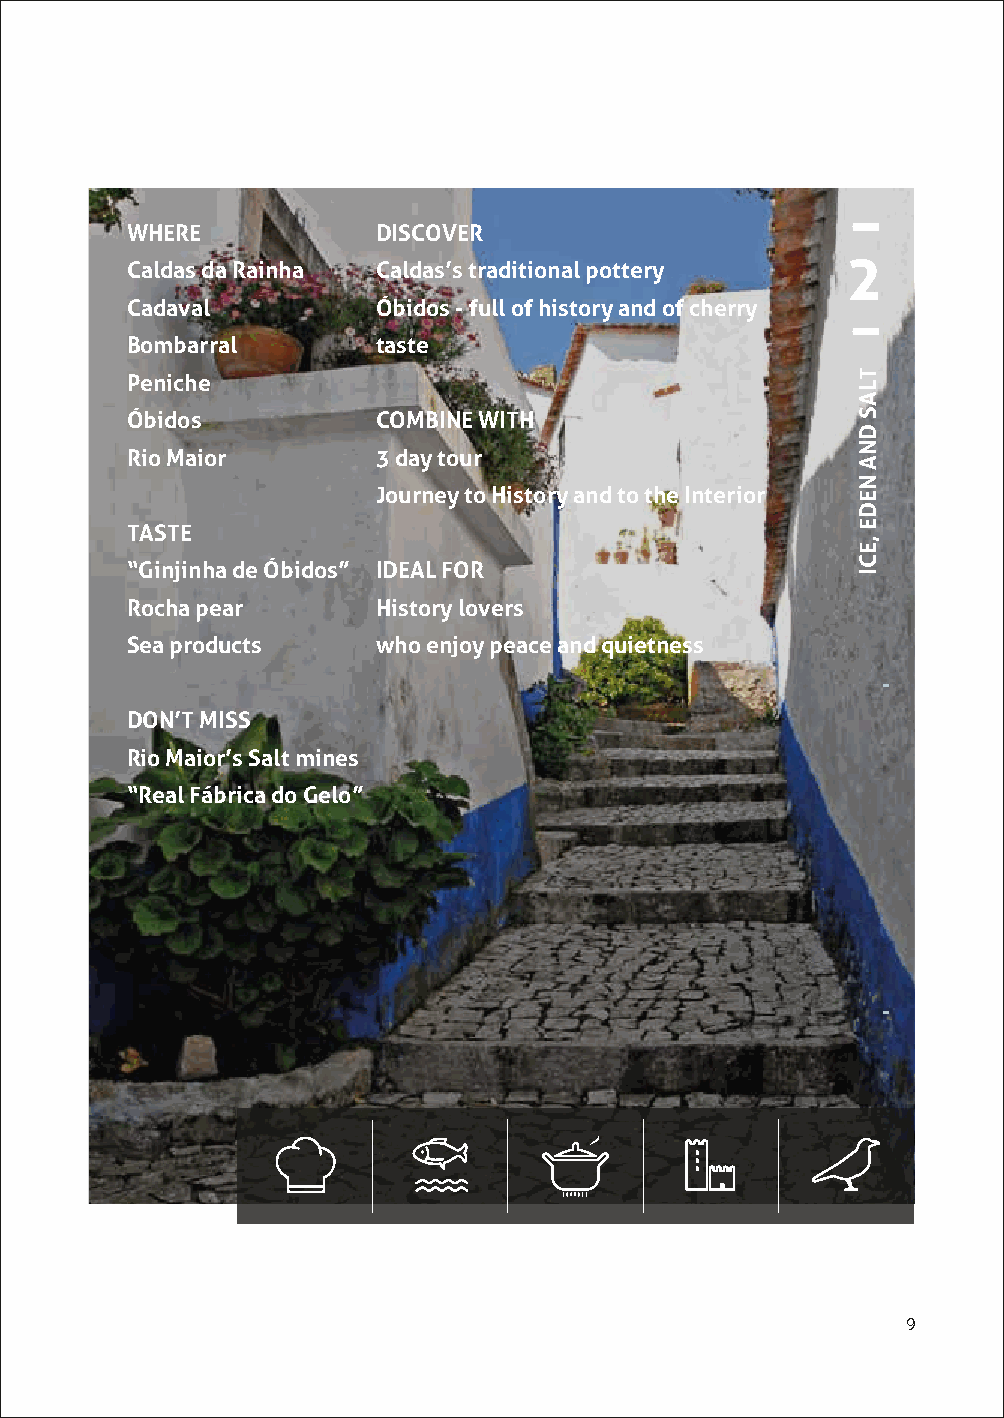
WHERE            DISCOVER
 2
 Caldas da Rainha Caldas’s traditional pottery
 Cadaval          Óbidos - full of history and of cherry
 Bombarral        taste
 Peniche
 Óbidos           COMBINE WITH
 Rio Maior        3 day tour
 Journey to History and to the Interior
 TASTE
 “Ginjinha de Óbidos” IDEAL FOR
 Rocha pear       History lovers
 Sea products     who enjoy peace and quietness
 -
 DON’T MISS
 Rio Maior’s Salt mines
 “Real Fábrica do Gelo”
 -
 9
 TLAS
 DNA
 NEDE
 ,ECI